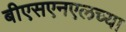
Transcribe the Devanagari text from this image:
बीएसएनएलच्या